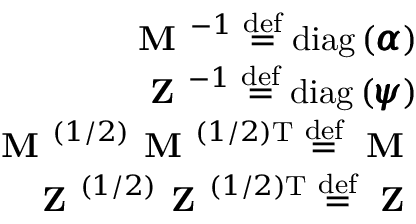
\begin{array} { r } { \textbf { M } ^ { - 1 } \stackrel { \mathrm { d e f } } { = } \mathrm { d i a g } \left( \pmb { \alpha } \right) } \\ { \textbf { Z } ^ { - 1 } \stackrel { \mathrm { d e f } } { = } \mathrm { d i a g } \left( \pmb { \psi } \right) } \\ { \textbf { M } ^ { ( 1 / 2 ) } \textbf { M } ^ { ( 1 / 2 ) \mathrm { T } } \stackrel { \mathrm { d e f } } { = } \textbf { M } } \\ { \textbf { Z } ^ { ( 1 / 2 ) } \textbf { Z } ^ { ( 1 / 2 ) \mathrm { T } } \stackrel { \mathrm { d e f } } { = } \textbf { Z } } \end{array}